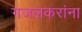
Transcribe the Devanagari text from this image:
गजलकरांना